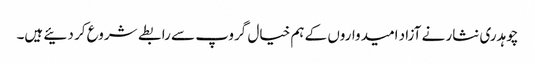
چوہدری نثار نے آزاد امیدواروں کے ہم خیال گروپ سے رابطے شروع کر دئیے ہیں۔